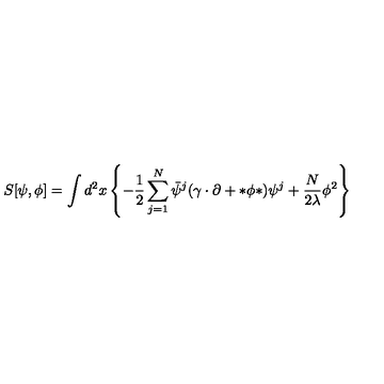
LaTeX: S [ \psi , \phi ] = \int d ^ { 2 } x \left\{ - \frac { 1 } { 2 } \sum _ { j = 1 } ^ { N } \bar { \psi } ^ { j } ( \gamma \cdot \partial + * \phi * ) \psi ^ { j } + \frac { N } { 2 \lambda } \phi ^ { 2 } \right\}